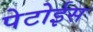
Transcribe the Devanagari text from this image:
पेटोईस